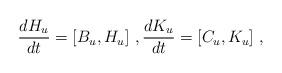
LaTeX: \begin{align*}\frac{d H_u}{dt}=[B_u,H_u]\ , \frac{d K_u}{dt}=[C_u,K_u]\ ,\end{align*}